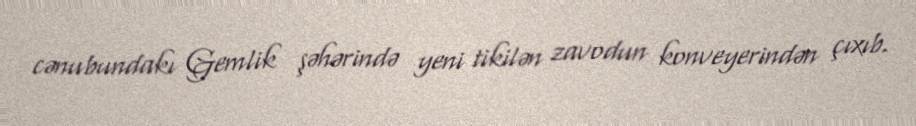
cənubundakı Gemlik şəhərində yeni tikilən zavodun konveyerindən çıxıb.